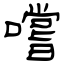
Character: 嚐